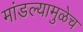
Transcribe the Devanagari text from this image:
मांडल्यामुळेच